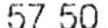
57.50